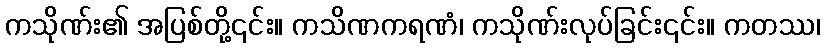
ကသိုဏ်း၏ အပြစ်တို့၎င်း။ ကသိဏကရဏံ၊ ကသိုဏ်းလုပ်ခြင်း၎င်း။ ကတဿ၊